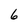
Character: 6